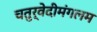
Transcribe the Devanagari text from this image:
चतुर्वेदीमंगलम